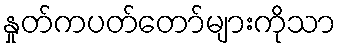
နှုတ်ကပတ်တော်များကိုသာ